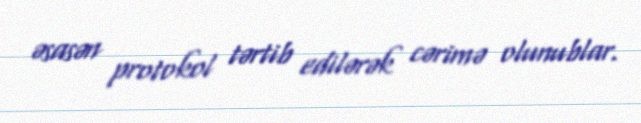
əsasən protokol tərtib edilərək cərimə olunublar.